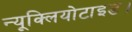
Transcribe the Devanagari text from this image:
न्यूक्लियोटाइड।